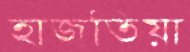
হাজতিয়া